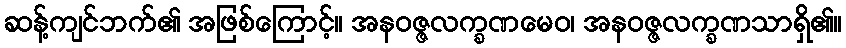
ဆန့်ကျင်ဘက်၏ အဖြစ်ကြောင့်။ အနဝဇ္ဇလက္ခဏမေဝ၊ အနဝဇ္ဇလက္ခဏသာရှိ၏။